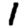
Digit: 1